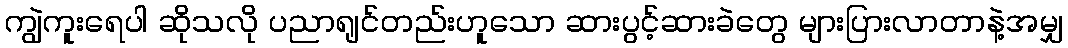
ကျွဲကူးရေပါ ဆိုသလို ပညာရျင်တည်းဟူသော ဆားပွင့်ဆားခဲတွေ များပြားလာတာနဲ့အမျှ